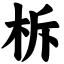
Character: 柝